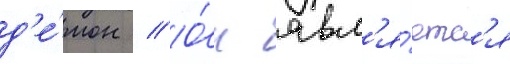
д'е́мон // О́н явл'я́етс'я